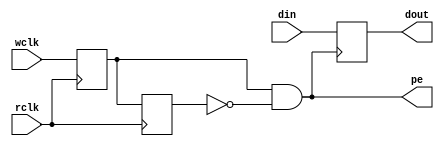
`timescale 1ns / 1ps
//////////////////////////////////////////////////////////////////////////////////
// Company: 
// Engineer: 
// 
// Design Name: 
// Module Name: top
// Project Name: 
// Target Devices: 
// Tool Versions: 
// Description: 
// 
// Dependencies: 
// 
// Revision:
// Revision 0.01 - File Created
// Additional Comments:
// 
//////////////////////////////////////////////////////////////////////////////////

module top(
input wclk,
input rclk,
input  [7:0]din,
output reg [7:0]dout,
output pe
    );
 
 reg wclk1,wclk2;   

    
always@(posedge rclk)
begin
 wclk1 <= wclk;
 wclk2 <= wclk1;
 end    
 
 assign pe = wclk1 & (~wclk2);
 
 always @ (posedge pe)
 begin
 dout <= din;
 end
endmodule